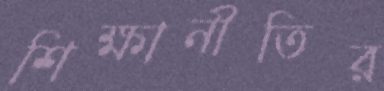
শিক্ষানীতির